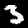
Label: 3